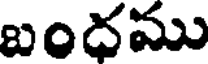
బందము